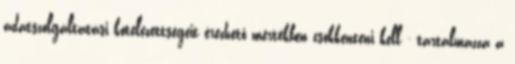
adatszolgáltatási kötelezettségeit érezhető mértékben csökkenteni kell - tartalmazza a